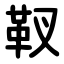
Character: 靫